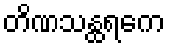
တိဏသန္ထရကေ